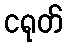
ငရုတ်